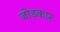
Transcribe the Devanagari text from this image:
जोड़कार